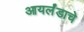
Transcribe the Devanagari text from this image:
आयर्लंडाचे